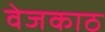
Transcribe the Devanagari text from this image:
वेजकाठ